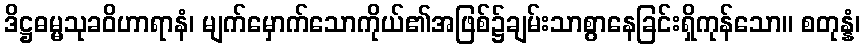
ဒိဋ္ဌဓမ္မသုခဝိဟာရာနံ၊ မျက်မှောက်သောကိုယ်၏အဖြစ်၌ချမ်းသာစွာနေခြင်းရှိကုန်သော။ စတုန္နံ၊